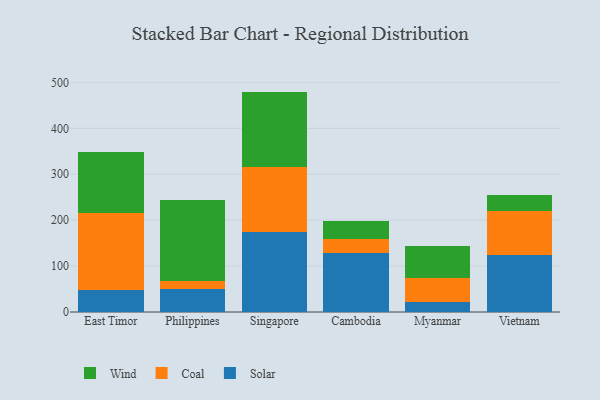
{"axis": {"x": "Country", "y": "Satisfaction Score"}, "legend": ["Coal", "Solar", "Wind"], "data": [{"x": "East Timor", "y": 46.9, "type": "Solar"}, {"x": "East Timor", "y": 169.5, "type": "Coal"}, {"x": "East Timor", "y": 133.0, "type": "Wind"}, {"x": "Philippines", "y": 51.1, "type": "Solar"}, {"x": "Philippines", "y": 17.3, "type": "Coal"}, {"x": "Philippines", "y": 174.4, "type": "Wind"}, {"x": "Singapore", "y": 173.9, "type": "Solar"}, {"x": "Singapore", "y": 142.2, "type": "Coal"}, {"x": "Singapore", "y": 163.8, "type": "Wind"}, {"x": "Cambodia", "y": 128.6, "type": "Solar"}, {"x": "Cambodia", "y": 31.3, "type": "Coal"}, {"x": "Cambodia", "y": 38.7, "type": "Wind"}, {"x": "Myanmar", "y": 21.5, "type": "Solar"}, {"x": "Myanmar", "y": 53.5, "type": "Coal"}, {"x": "Myanmar", "y": 69.0, "type": "Wind"}, {"x": "Vietnam", "y": 123.2, "type": "Solar"}, {"x": "Vietnam", "y": 97.3, "type": "Coal"}, {"x": "Vietnam", "y": 35.1, "type": "Wind"}]}